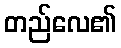
တည်လေ၏